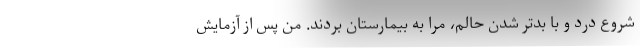
شروع درد و با بدتر شدن حالم، مرا به بیمارستان بردند. من پس از آزمایش